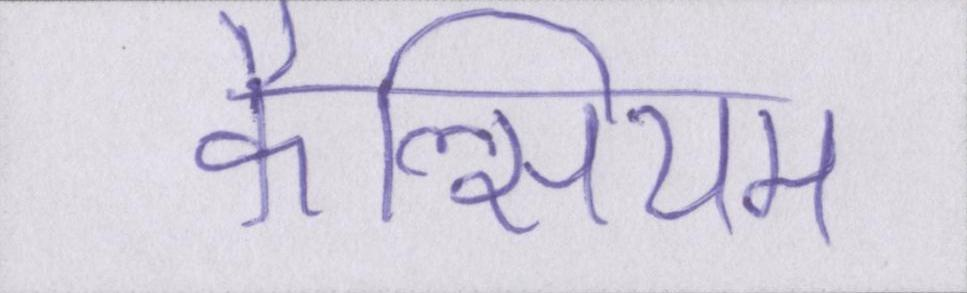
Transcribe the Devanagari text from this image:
कैल्सियम